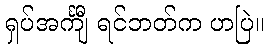
ရှပ်အင်္ကျီ ရင်ဘတ်က ဟပြဲ။